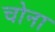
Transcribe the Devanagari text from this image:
चोना